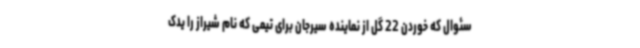
سئوال که خوردن 22 گل از نماینده سیرجان برای تیمی که نام شیراز را یدک